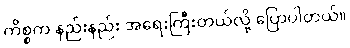
ကိစ္စက နည်းနည်း အရေးကြီးတယ်လို့ ပြောပါတယ်။